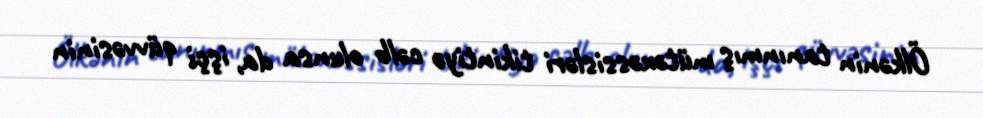
Ölkənin tanınmış mütəxəssisləri tikintiyə cəlb olunsa da, işçi qüvvəsinin